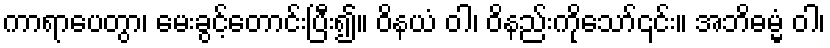
ကာရာပေတွာ၊ မေးခွင့်တောင်းပြီး၍။ ဝိနယံ ဝါ၊ ဝိနည်းကိုသော်၎င်း။ အဘိဓမ္မံ ဝါ၊